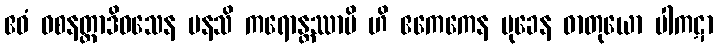
ဧဝံ ဝစနတ္ထာဒိဝသေန မနသိ ကရောန္တဿာပိ ဟိ ဧကေကေန မုခေန ဓာတုယော ပါကဋာ